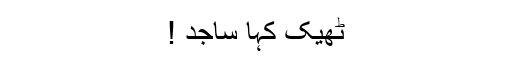
ٹھیک کہا ساجد !